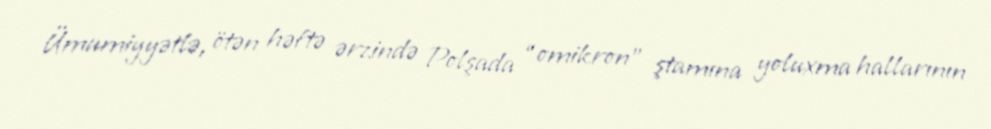
Ümumiyyətlə, ötən həftə ərzində Polşada “omikron” ştamına yoluxma hallarının